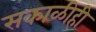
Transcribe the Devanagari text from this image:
सकाळीही